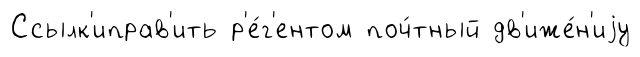
Ссылк'иправ'ить р'е́г'ентом поч́тный дв'иже́н'иjу